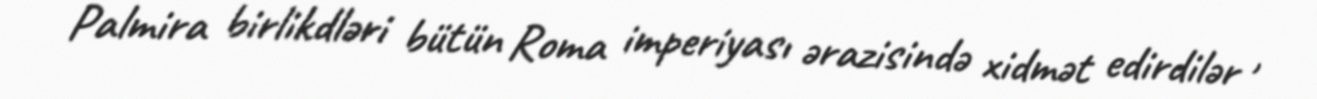
Palmira birlikdləri bütün Roma imperiyası ərazisində xidmət edirdilər ,